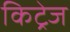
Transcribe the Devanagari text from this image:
किट्रेज